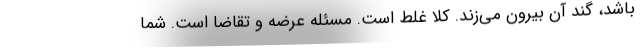
باشد، گند آن بیرون می‌زند. کلا غلط است. مسئله عرضه و تقاضا است. شما